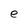
Character: e